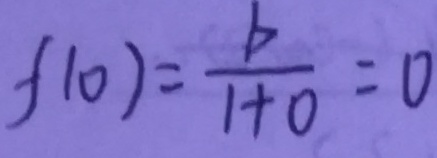
f ( 0 ) = \frac { b } { 1 + 0 } = 0